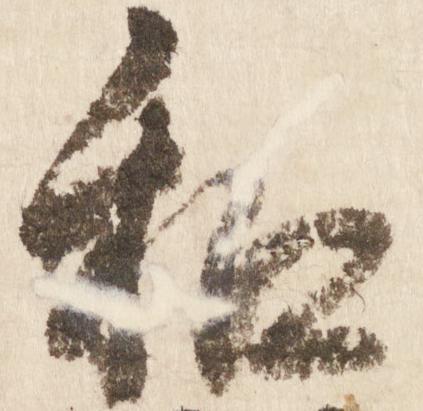
和